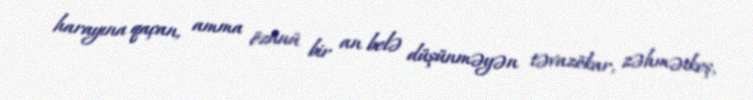
harayına qaçan, amma özünü bir an belə düşünməyən təvazökar, zəhmətkeş,